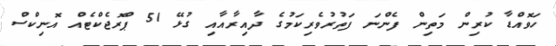
ހަވޮއްޑާ ކުރިން މަތިން ފެންނަ ފަތުރުވެރިކަމުގެ ދާއިރާއާއި ގުޅޭ 51 ޕްރޮޖެކްޓެއް އޮނިކްސް